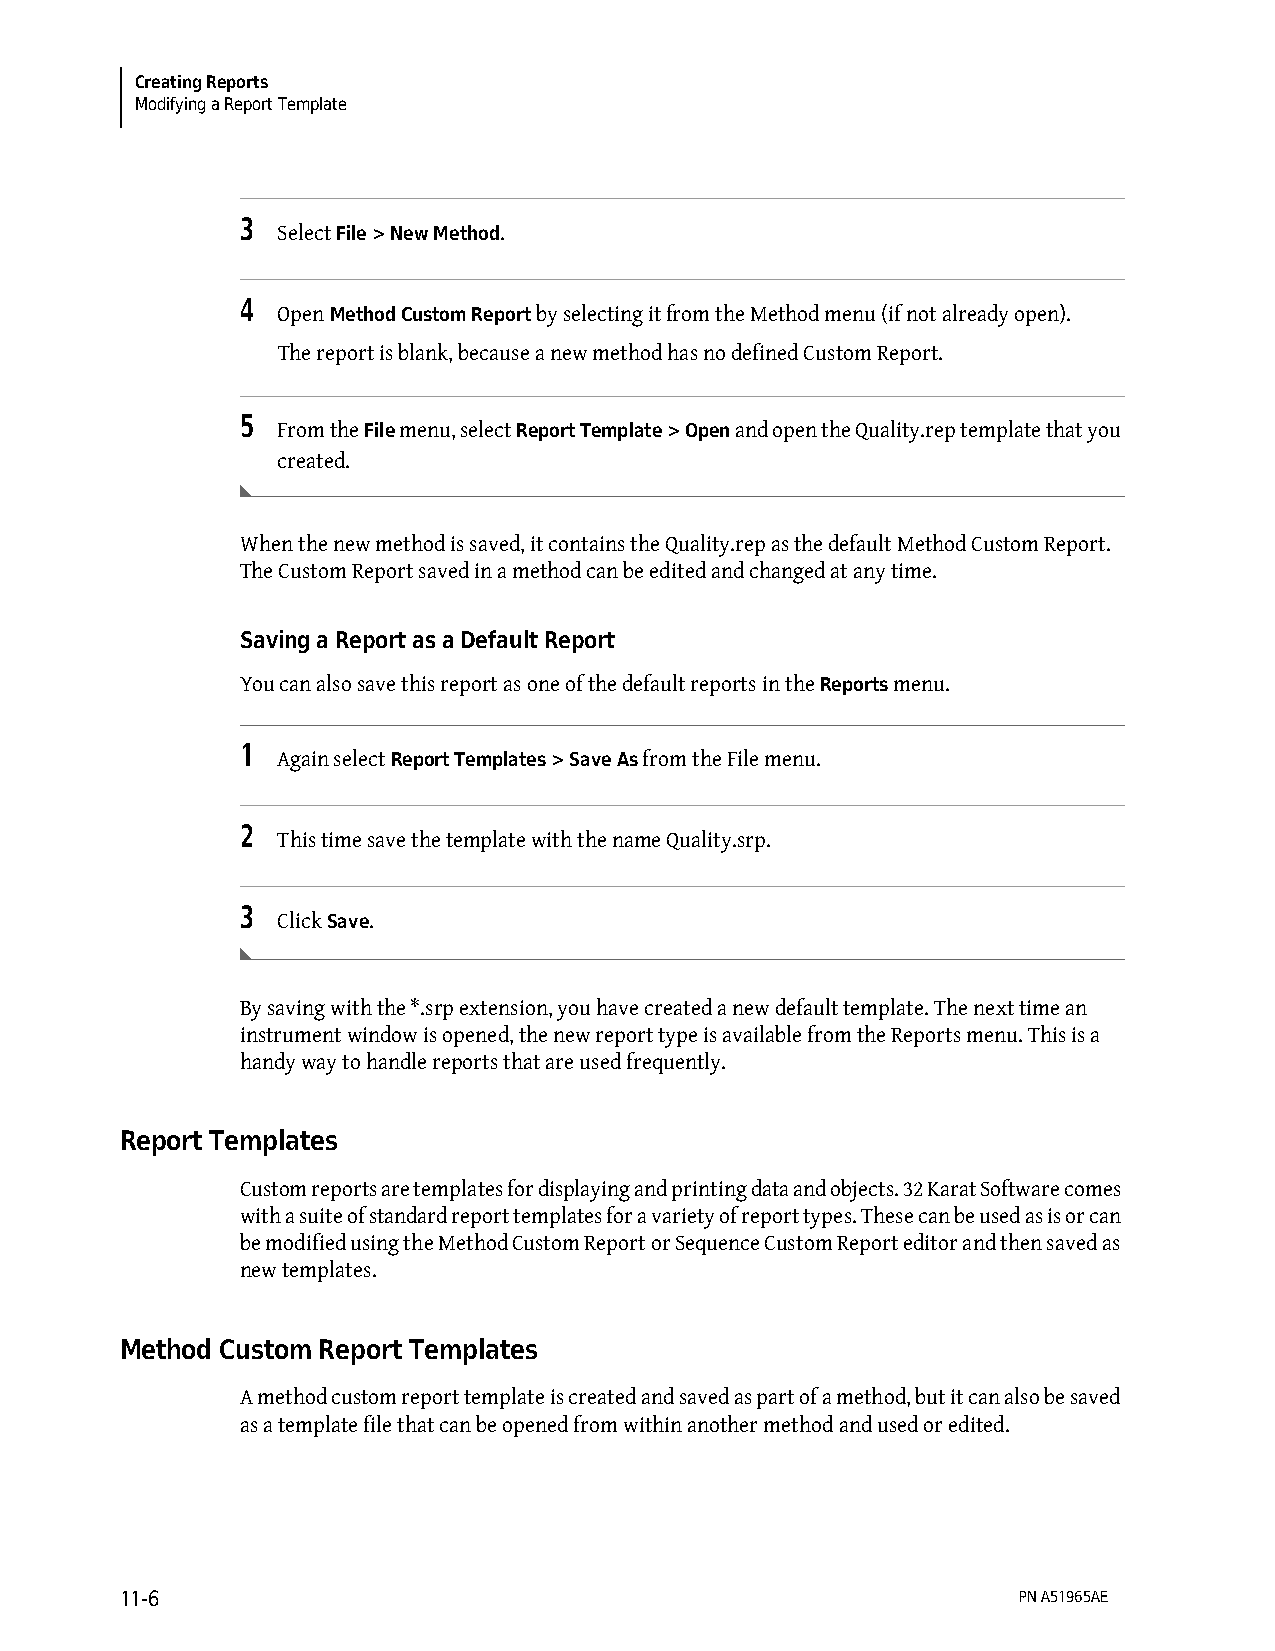
Creating Reports
 Modifying a Report Template
 3
 Select File > New Method.
 4
 Open Method Custom Report by selecting it from the Method menu (if not already open).
 The report is blank, because a new method has no defined Custom Report.
 5
 From the File menu, select Report Template > Open and open the Quality.rep template that you
 created.
 When the new method is saved, it contains the Quality.rep as the default Method Custom Report.
 The Custom Report saved in a method can be edited and changed at any time.
 Saving a Report as a Default Report
 You can also save this report as one of the default reports in the Reports menu.
 1
 Again select Report Templates > Save As from the File menu.
 2
 This time save the template with the name Quality.srp.
 3
 Click Save.
 By saving with the *.srp extension, you have created a new default template. The next time an
 instrument window is opened, the new report type is available from the Reports menu. This is a
 handy way to handle reports that are used frequently.
 Report Templates
 Custom reports are templates for displaying and printing data and objects. 32 Karat Software comes
 with a suite of standard report templates for a variety of report types. These can be used as is or can
 be modified using the Method Custom Report or Sequence Custom Report editor and then saved as
 new templates.
 Method Custom Report Templates
 A method custom report template is created and saved as part of a method, but it can also be saved
 as a template file that can be opened from within another method and used or edited.
 11-6                                                       PN A51965AE